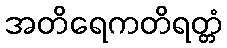
အတိရေကတိရတ္တံ